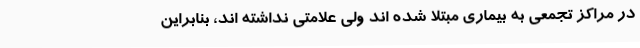
در مراکز تجمعی به بیماری مبتلا شده اند ولی علامتی نداشته اند، بنابراین